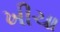
ખીચા